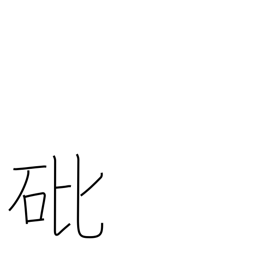
Meaning: arsenic